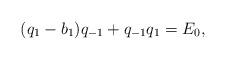
LaTeX: \begin{align*} (q_1-b_1)q_{-1}+q_{-1}q_1=E_0, \end{align*}